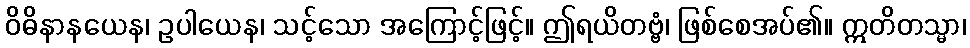
ဝိဓိနာနယေန၊ ဥပါယေန၊ သင့်သော အကြောင့်ဖြင့်။ ဤရယိတဗ္ဗံ၊ ဖြစ်စေအပ်၏။ ဣတိတသ္မာ၊